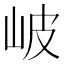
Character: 岥